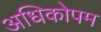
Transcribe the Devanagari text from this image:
अधिकोपम